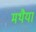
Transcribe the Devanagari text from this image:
मथैया